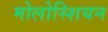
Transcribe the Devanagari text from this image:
मोलोस्शियन